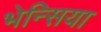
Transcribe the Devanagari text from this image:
भेन्सिया